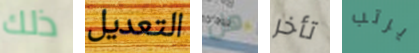
ذلك التعديل هل تأخر يرتب